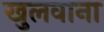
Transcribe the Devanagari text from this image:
खुलवाना